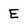
Character: E